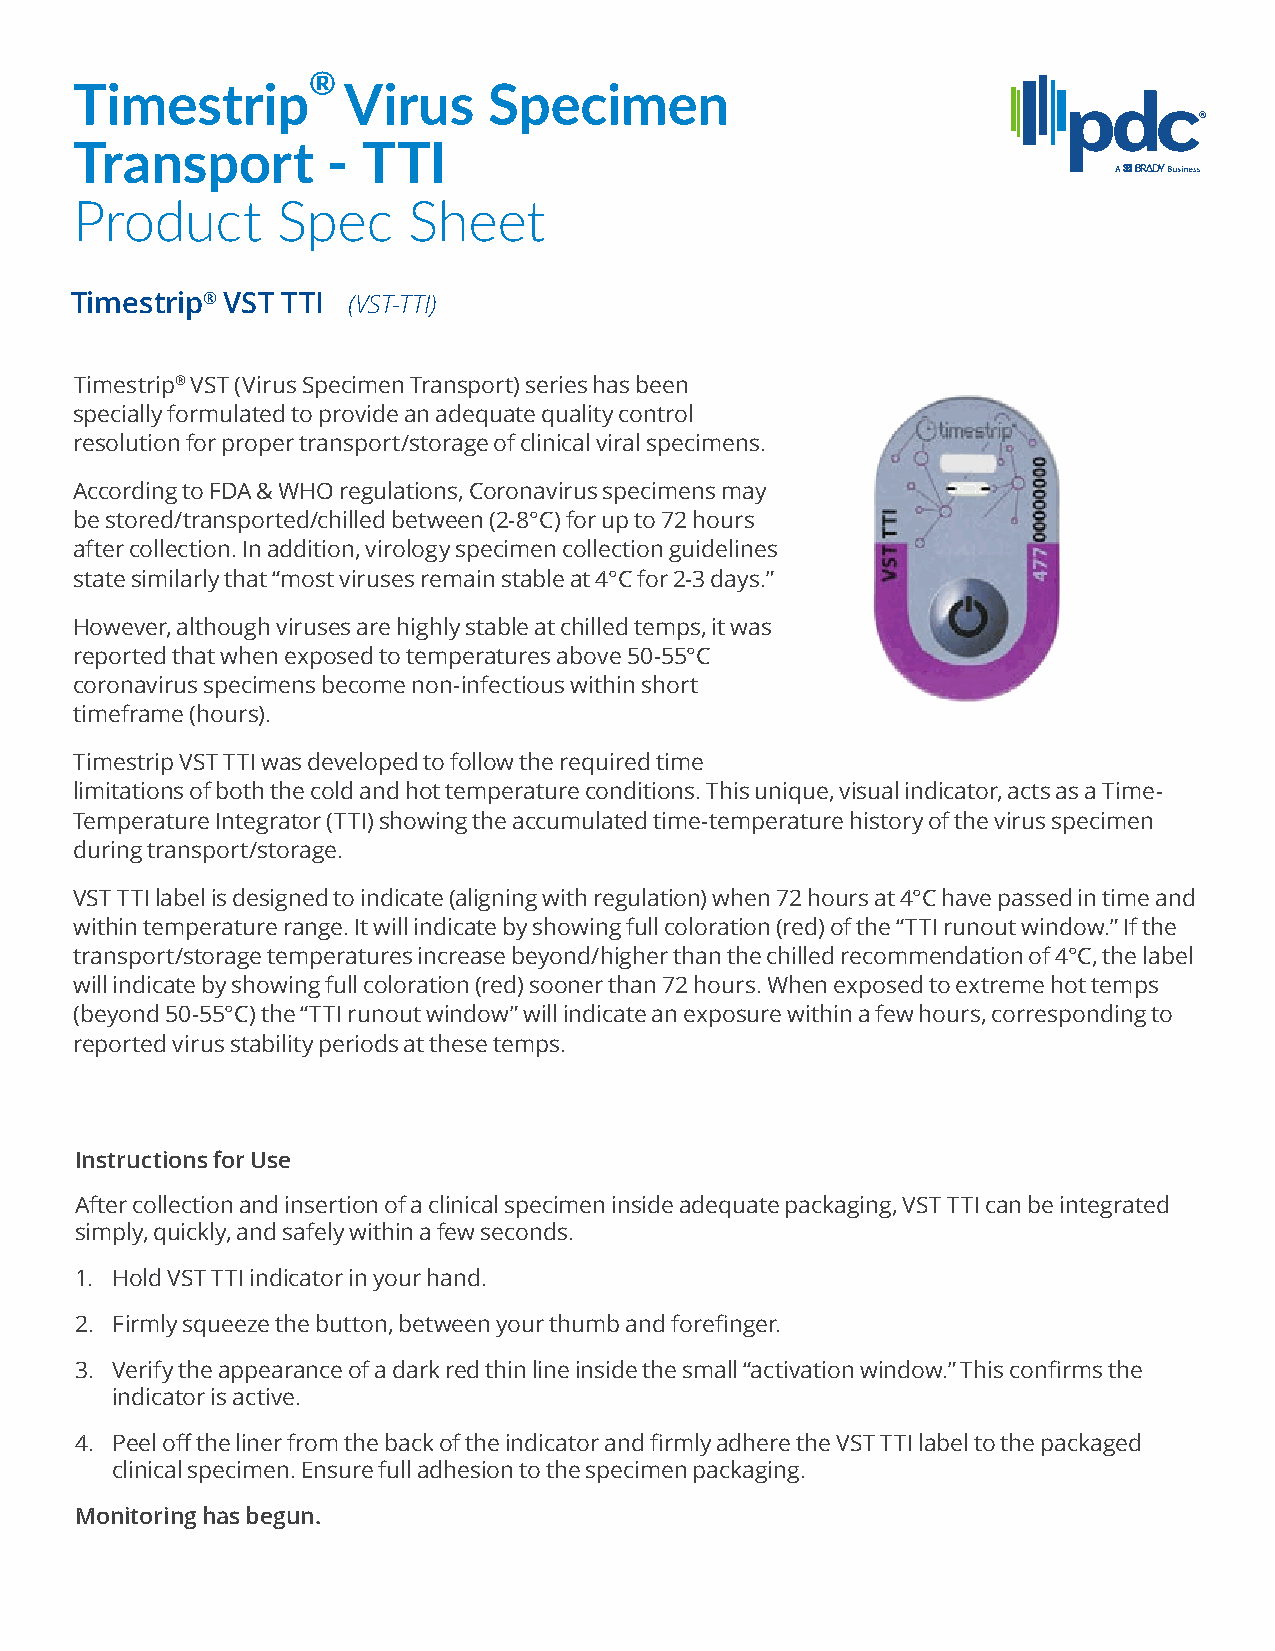
®
 Timestrip         Virus    Specimen
 Transport        - TTI
 Product      Spec     Sheet
 Timestrip® VST TTI (VST-TTI)
 Timestrip® VST (Virus Specimen Transport) series has been
 specially formulated to provide an adequate quality control
 resolution for proper transport/storage of clinical viral specimens.
 According to FDA & WHO regulations, Coronavirus specimens may
 be stored/transported/chilled between (2-8°C) for up to 72 hours
 after collection. In addition, virology specimen collection guidelines
 state similarly that “most viruses remain stable at 4°C for 2-3 days.”
 However, although viruses are highly stable at chilled temps, it was
 reported that when exposed to temperatures above 50-55°C
 coronavirus specimens become non-infectious within short
 timeframe (hours).
 Timestrip VST TTI was developed to follow the required time
 limitations of both the cold and hot temperature conditions. This unique, visual indicator, acts as a Time-
 Temperature Integrator (TTI) showing the accumulated time-temperature history of the virus specimen
 during transport/storage.
 VST TTI label is designed to indicate (aligning with regulation) when 72 hours at 4°C have passed in time and
 within temperature range. It will indicate by showing full coloration (red) of the “TTI runout window.” If the
 transport/storage temperatures increase beyond/higher than the chilled recommendation of 4°C, the label
 will indicate by showing full coloration (red) sooner than 72 hours. When exposed to extreme hot temps
 (beyond 50-55°C) the “TTI runout window” will indicate an exposure within a few hours, corresponding to
 reported virus stability periods at these temps.
 Instructions for Use
 After collection and insertion of a clinical specimen inside adequate packaging, VST TTI can be integrated
 simply, quickly, and safely within a few seconds.
 1. Hold VST TTI indicator in your hand.
 2. Firmly squeeze the button, between your thumb and forefinger.
 3. Verify the appearance of a dark red thin line inside the small “activation window.” This confirms the
 indicator is active.
 4. Peel off the liner from the back of the indicator and firmly adhere the VST TTI label to the packaged
 clinical specimen. Ensure full adhesion to the specimen packaging.
 Monitoring has begun.